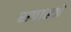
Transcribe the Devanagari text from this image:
रापाल्जे